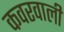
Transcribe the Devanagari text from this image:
कवरवाली